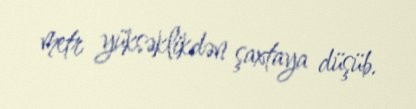
metr yüksəklikdən şaxtaya düşüb.